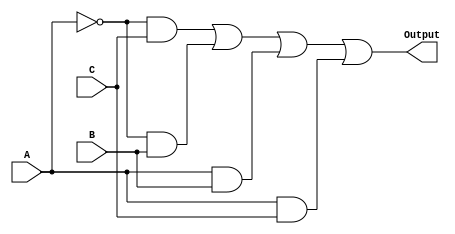
module combinational_logic (
    input wire A,
    input wire B,
    input wire C,
    output wire Output
);

// Internal signals for intermediate products
wire not_A;
wire term1, term2, term3, term4;

// NOT gate for A
not (not_A, A);

// AND gates for each product term
and (term1, not_A, C); // A'C
and (term2, not_A, B); // A'B
and (term3, A, B);     // AB
and (term4, A, C);     // AC

// OR gate to combine all product terms
or (Output, term1, term2, term3, term4); // Output = A'C + A'B + AB + AC

endmodule